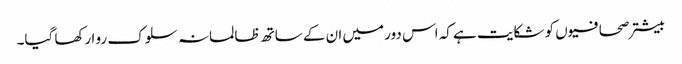
بیشتر صحافیوں کو شکایت ہے کہ اس دور میں ان کے ساتھ ظالمانہ سلوک رو ا رکھا گیا۔